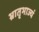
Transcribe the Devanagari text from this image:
भ्रातृभाज्यं